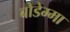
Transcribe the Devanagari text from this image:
बोडेम्मा